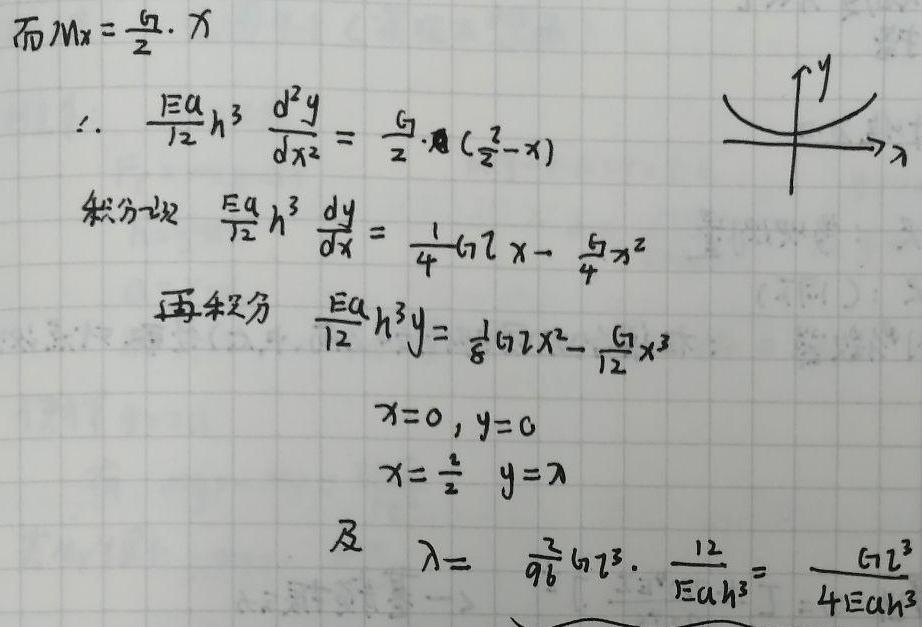
\[
\begin{align*}
\text{而}M_x&=\frac{G}{2}\cdot x\\
\therefore\frac{Ea}{12}h^3\frac{d^2y}{dx^2}&=\frac{G}{2}\cdot x(\frac{l}{2}-x)\\
\text{积分一次}\frac{Ea}{12}h^3\frac{dy}{dx}&=\frac{1}{4}Glx-\frac{G}{4}x^2\\
\text{再积分}\frac{Ea}{12}h^3y&=\frac{1}{8}Glx^2-\frac{G}{12}x^3\\
x = 0,y&=0\\
x=\frac{l}{2},y&=\lambda\\
\text{及}\lambda&=\frac{l^2}{96}Gl^3\cdot\frac{12}{Eah^3}=\frac{Gl^3}{4Eah^3}
\end{align*}
\]